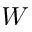
W